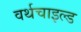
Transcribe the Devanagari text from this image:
वर्थचाइल्ड